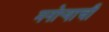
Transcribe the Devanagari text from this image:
मनोर्‍याची